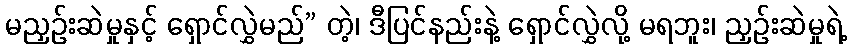
မညှဉ်းဆဲမှုနှင့် ရှောင်လွှဲမည်” တဲ့၊ ဒီပြင်နည်းနဲ့ ရှောင်လွှဲလို့ မရဘူး၊ ညှဉ်းဆဲမှုရဲ့